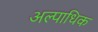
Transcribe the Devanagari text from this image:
अल्पाधिक